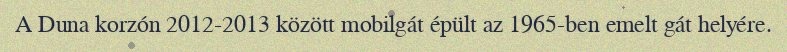
A Duna korzón 2012-2013 között mobilgát épült az 1965-ben emelt gát helyére.